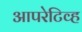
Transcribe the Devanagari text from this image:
आपरेटिव्ह